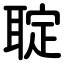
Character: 聢